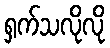
ရှက်သလိုလို